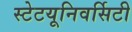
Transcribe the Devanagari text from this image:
स्टेटयूनिवर्सिटी